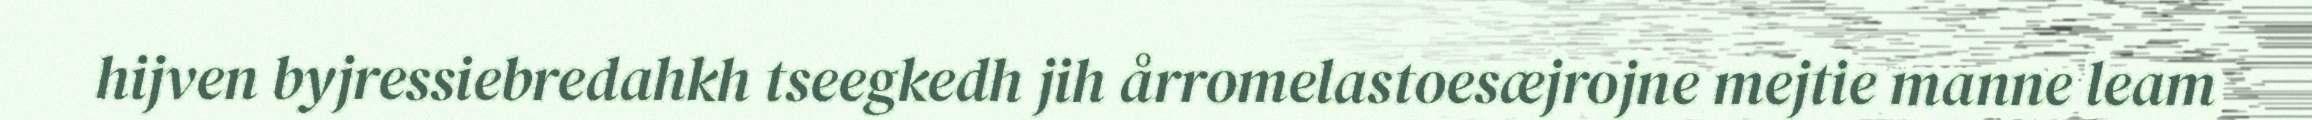
hijven byjressiebredahkh tseegkedh jih årromelastoesæjrojne mejtie manne leam